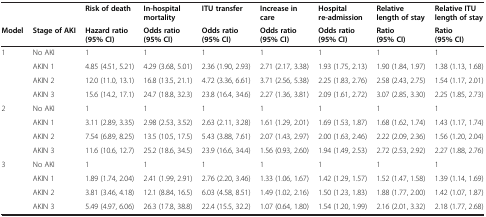
<table><thead><tr><td><b> </b></td><td><b> </b></td><td><b>Risk of death</b></td><td><b>In-hospital mortality</b></td><td><b>ITU transfer</b></td><td><b>Increase in care</b></td><td><b>Hospital re-admission</b></td><td><b>Relative length of stay</b></td><td><b>Relative ITU length of stay</b></td></tr><tr><td><b>Model</b></td><td><b>Stage of AKI</b></td><td><b>Hazard ratio (95% CI)</b></td><td><b>Odds ratio (95% CI)</b></td><td><b>Odds ratio (95% CI)</b></td><td><b>Odds ratio (95% CI)</b></td><td><b>Odds ratio (95% CI)</b></td><td><b>Ratio (95% CI)</b></td><td><b>Ratio (95% CI)</b></td></tr></thead><tbody><tr><td>1</td><td>No AKI</td><td>1</td><td>1</td><td>1</td><td>1</td><td>1</td><td>1</td><td>1</td></tr><tr><td> </td><td>AKIN 1</td><td>4.85 (4.51, 5.21)</td><td>4.29 (3.68, 5.01)</td><td>2.36 (1.90, 2.93)</td><td>2.71 (2.17, 3.38)</td><td>1.93 (1.75, 2.13)</td><td>1.90 (1.84, 1.97)</td><td>1.38 (1.13, 1.68)</td></tr><tr><td> </td><td>AKIN 2</td><td>12.0 (11.0, 13.1)</td><td>16.8 (13.5, 21.1)</td><td>4.72 (3.36, 6.61)</td><td>3.71 (2.56, 5.38)</td><td>2.25 (1.83, 2.76)</td><td>2.58 (2.43, 2.75)</td><td>1.54 (1.17, 2.01)</td></tr><tr><td> </td><td>AKIN 3</td><td>15.6 (14.2, 17.1)</td><td>24.7 (18.8, 32.3)</td><td>23.8 (16.4, 34.6)</td><td>2.27 (1.36, 3.81)</td><td>2.09 (1.61, 2.72)</td><td>3.07 (2.85, 3.30)</td><td>2.25 (1.85, 2.73)</td></tr><tr><td>2</td><td>No AKI</td><td>1</td><td>1</td><td>1</td><td>1</td><td>1</td><td>1</td><td>1</td></tr><tr><td> </td><td>AKIN 1</td><td>3.11 (2.89, 3.35)</td><td>2.98 (2.53, 3.52)</td><td>2.63 (2.11, 3.28)</td><td>1.61 (1.29, 2.01)</td><td>1.69 (1.53, 1.87)</td><td>1.68 (1.62, 1.74)</td><td>1.43 (1.17, 1.74)</td></tr><tr><td> </td><td>AKIN 2</td><td>7.54 (6.89, 8.25)</td><td>13.5 (10.5, 17.5)</td><td>5.43 (3.88, 7.61)</td><td>2.07 (1.43, 2.97)</td><td>2.00 (1.63, 2.46)</td><td>2.22 (2.09, 2.36)</td><td>1.56 (1.20, 2.04)</td></tr><tr><td> </td><td>AKIN 3</td><td>11.6 (10.6, 12.7)</td><td>25.2 (18.6, 34.5)</td><td>23.9 (16.6, 34.4)</td><td>1.56 (0.93, 2.60)</td><td>1.94 (1.49, 2.53)</td><td>2.72 (2.53, 2.92)</td><td>2.27 (1.88, 2.76)</td></tr><tr><td>3</td><td>No AKI</td><td>1</td><td>1</td><td>1</td><td>1</td><td>1</td><td>1</td><td>1</td></tr><tr><td> </td><td>AKIN 1</td><td>1.89 (1.74, 2.04)</td><td>2.41 (1.99, 2.91)</td><td>2.76 (2.20, 3.46)</td><td>1.33 (1.06, 1.67)</td><td>1.42 (1.29, 1.57)</td><td>1.52 (1.47, 1.58)</td><td>1.39 (1.14, 1.69)</td></tr><tr><td> </td><td>AKIN 2</td><td>3.81 (3.46, 4.18)</td><td>12.1 (8.84, 16.5)</td><td>6.03 (4.58, 8.51)</td><td>1.49 (1.02, 2.16)</td><td>1.50 (1.23, 1.83)</td><td>1.88 (1.77, 2.00)</td><td>1.42 (1.07, 1.87)</td></tr><tr><td> </td><td>AKIN 3</td><td>5.49 (4.97, 6.06)</td><td>26.3 (17.8, 38.8)</td><td>22.4 (15.5, 32.2)</td><td>1.07 (0.64, 1.80)</td><td>1.54 (1.20, 1.99)</td><td>2.16 (2.01, 3.32)</td><td>2.18 (1.77, 2.68)</td></tr></tbody></table>